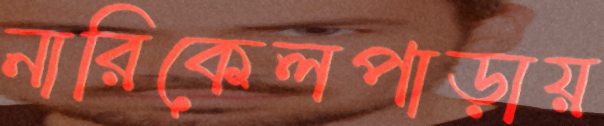
নারিকেলপাড়ায়